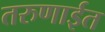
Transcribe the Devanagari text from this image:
तरुणाईत